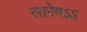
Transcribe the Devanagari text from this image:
सारेगऽऽ